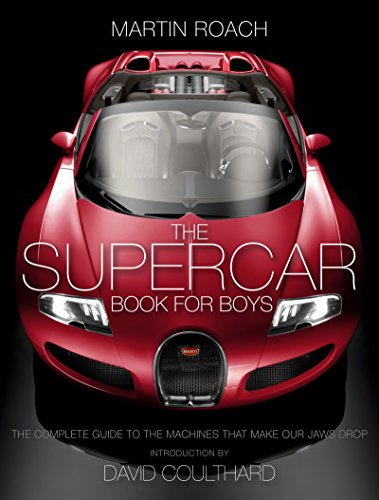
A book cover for The Supercar Book for Boys; Martin Roach; Engineering & Transportation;